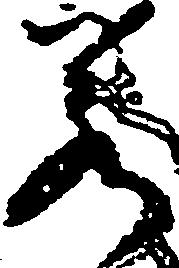
若